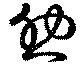
助